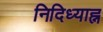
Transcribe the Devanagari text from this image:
निदिध्याह्न